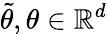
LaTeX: \widetilde{\theta},\theta\in\mathbb{R}^{d}